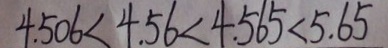
4 . 5 0 6 < 4 . 5 6 < 4 . 5 6 5 < 5 . 6 5